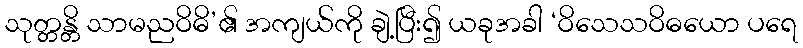
သုတ္တန္တိ သာမညဝိဓိ’၏ အကျယ်ကို ချဲ့ပြီး၍ ယခုအခါ ‘ဝိသေသဝိဓယော ပရေ